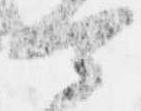
可